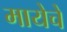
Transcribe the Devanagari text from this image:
मायेचें